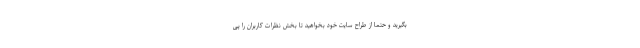
بگیرید و حتما از طراح سایت خود بخواهید تا بخش نظرات کاربران را پی